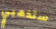
ستذهبي